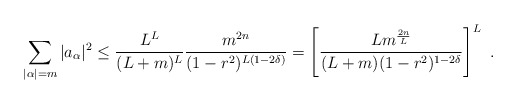
\begin{align*} \sum_{|\alpha|=m}|a_{\alpha}|^2 \leq \frac{L^L }{(L+m)^{L}} \frac{m^{2n}}{(1-r^2)^{L(1-2\delta)}}= \left[\frac{L m^{\frac {2n}L}}{(L+m) (1-r^2)^{1-2\delta}}\right]^L\ .\end{align*}